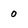
Character: 0